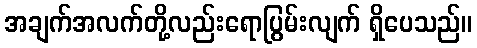
အချက်အလက်တို့လည်းရောပြွမ်းလျက် ရှိပေသည်။